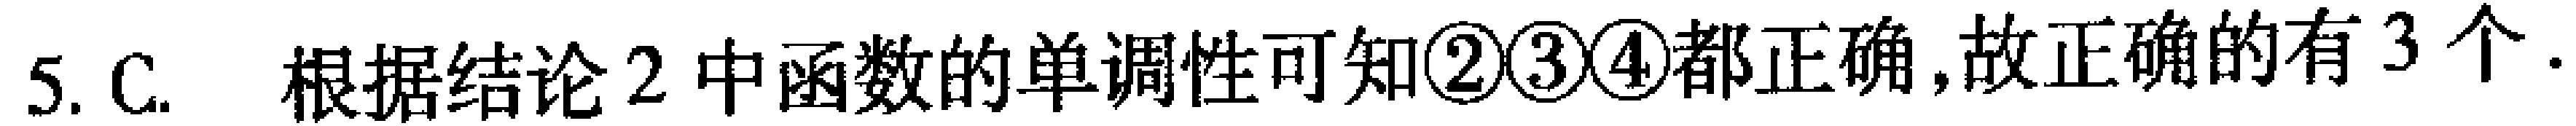
5. C. 根据结论 2 中函数的单调性可知\textcircled{2}\textcircled{3}\textcircled{4}都正确,故正确的有 3 个.